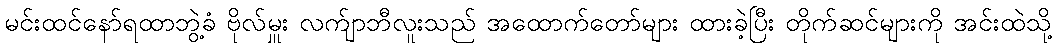
မင်းထင်နော်ရထာဘွဲ့ခံ ဗိုလ်မှူး လက်ျာဘီလူးသည် အထောက်တော်များ ထားခဲ့ပြီး တိုက်ဆင်များကို အင်းထဲသို့